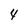
Character: 4